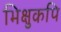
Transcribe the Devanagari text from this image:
भिक्षुकपि